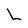
Character: L